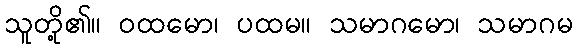
သူတို့၏။ ဝထမော၊ ပထမ။ သမာဂမော၊ သမာဂမ